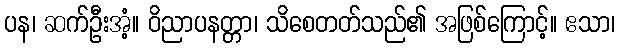
ပန၊ ဆက်ဦးအံ့။ ဝိညာပနတ္တာ၊ သိစေတတ်သည်၏ အဖြစ်ကြောင့်။ ဧသာ၊